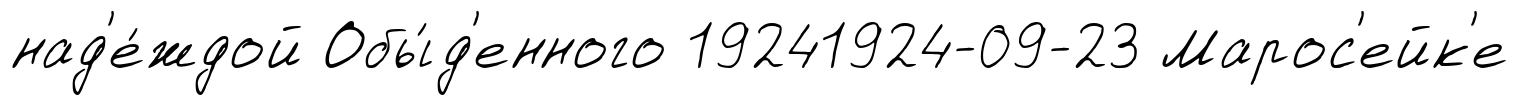
над'е́ждой Обы́д'енного 19241924-09-23 Марос'ейк'е